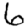
Digit: 6